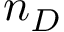
n _ { D }